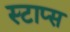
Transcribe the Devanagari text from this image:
स्टाप्स